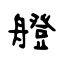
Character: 艠